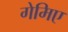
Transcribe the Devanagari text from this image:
गेमिए